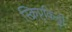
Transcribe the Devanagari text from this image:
स्क्रिप्टकिड्डी